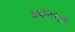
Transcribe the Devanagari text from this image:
क्षयनिरोधी